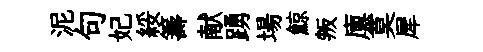
泥句妃綏籌献踴場鯨叛廪莫犀